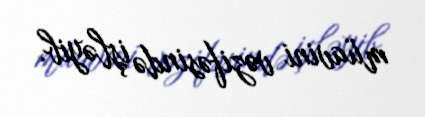
müavini vəzifəsində işləyib.